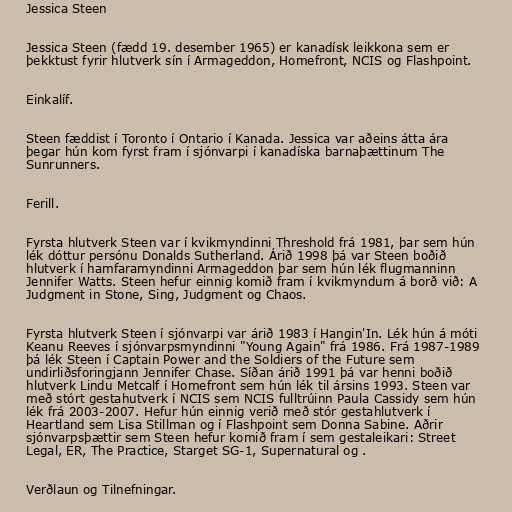
Jessica Steen

Jessica Steen (fædd 19. desember 1965) er kanadísk leikkona sem er
þekktust fyrir hlutverk sín í Armageddon, Homefront, NCIS og Flashpoint.

Einkalíf.

Steen fæddist í Toronto í Ontario í Kanada. Jessica var aðeins átta ára
þegar hún kom fyrst fram í sjónvarpi í kanadíska barnaþættinum The
Sunrunners.

Ferill.

Fyrsta hlutverk Steen var í kvikmyndinni Threshold frá 1981, þar sem hún
lék dóttur persónu Donalds Sutherland. Árið 1998 þá var Steen boðið
hlutverk í hamfaramyndinni Armageddon þar sem hún lék flugmanninn
Jennifer Watts. Steen hefur einnig komið fram í kvikmyndum á borð við: A
Judgment in Stone, Sing, Judgment og Chaos.

Fyrsta hlutverk Steen í sjónvarpi var árið 1983 í Hangin'In. Lék hún á móti
Keanu Reeves í sjónvarpsmyndinni "Young Again" frá 1986. Frá 1987-1989
þá lék Steen í Captain Power and the Soldiers of the Future sem
undirliðsforingjann Jennifer Chase. Síðan árið 1991 þá var henni boðið
hlutverk Lindu Metcalf í Homefront sem hún lék til ársins 1993. Steen var
með stórt gestahutverk í NCIS sem NCIS fulltrúinn Paula Cassidy sem hún
lék frá 2003-2007. Hefur hún einnig verið með stór gestahlutverk í
Heartland sem Lisa Stillman og í Flashpoint sem Donna Sabine. Aðrir
sjónvarpsþættir sem Steen hefur komið fram í sem gestaleikari: Street
Legal, ER, The Practice, Starget SG-1, Supernatural og .

Verðlaun og Tilnefningar.